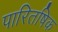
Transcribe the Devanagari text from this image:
पारितषिक